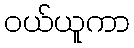
ဝယ်ယူကာ